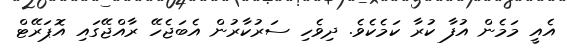
އެއީ މަމެން އުފާ ކުރާ ކަމެކެވެ. ދިވެހި ސަރުކާރުން އެބަޖެހޭ ރާއްޖޭގައި އޮޕަރޭޓް